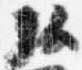
弘